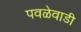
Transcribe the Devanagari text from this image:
पवळेवाडी